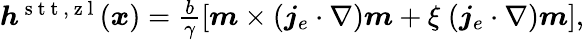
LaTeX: \begin{array}{r}{\boldsymbol{h}^{\mathrm{~s~t~t~,~z~l~}}(\boldsymbol{x})=\frac{b}{\gamma}\left[\boldsymbol{m}\times(\boldsymbol{j}_{e}\cdot\nabla)\boldsymbol{m}+\xi\; (\boldsymbol{j}_{e}\cdot\nabla)\boldsymbol{m}\right],}\end{array}